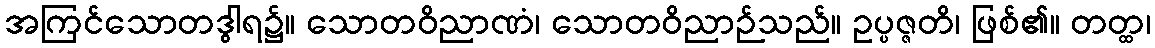
အကြင်သောတဒွါရ၌။ သောတဝိညာဏံ၊ သောတဝိညာဉ်သည်။ ဥပ္ပဇ္ဇတိ၊ ဖြစ်၏။ တတ္ထ၊